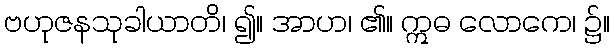
ဗဟုဇနသုခါယာတိ၊ ၍။ အာဟ၊ ၏။ ဣဓ လောကေ၊ ၌။